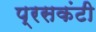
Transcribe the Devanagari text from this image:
प्रसकंटी